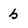
Character: b